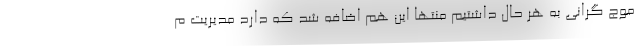
موج گرانی به هر حال داشتیم منتها این هم اضافه شد که دارد مدیریت م